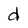
Character: d